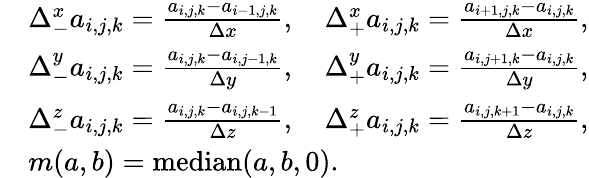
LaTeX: \begin{array}{rl}&{\Delta_{-}^{x}a_{i,j,k}=\frac{a_{i,j,k}-a_{i-1,j,k}}{\Delta x},\quad\Delta_{+}^{x}a_{i,j,k}=\frac{a_{i+1,j,k}-a_{i,j,k}}{\Delta x},}\\ &{\Delta_{-}^{y}a_{i,j,k}=\frac{a_{i,j,k}-a_{i,j-1,k}}{\Delta y},\quad\Delta_{+}^{y}a_{i,j,k}=\frac{a_{i,j+1,k}-a_{i,j,k}}{\Delta y},}\\ &{\Delta_{-}^{z}a_{i,j,k}=\frac{a_{i,j,k}-a_{i,j,k-1}}{\Delta z},\quad\Delta_{+}^{z}a_{i,j,k}=\frac{a_{i,j,k+1}-a_{i,j,k}}{\Delta z},}\\ &{m(a,b)=\mathrm{median}(a,b,0).}\end{array}